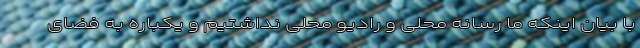
با بیان اینکه ما رسانه محلی و رادیو محلی نداشتیم و یکباره به فضای